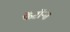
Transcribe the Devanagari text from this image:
फेंटॉन्स